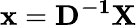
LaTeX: \mathbf{x}=\mathbf{D^{-1}}\mathbf{X}